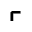
\ulcorner